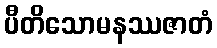
ပီတိသောမနဿဇာတံ